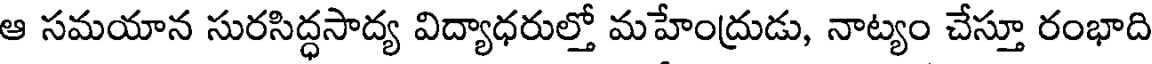
ఆ సమయాన సురసిద్ధసాద్య విద్యాధరుల్తో మహేంద్రుడు, నాట్యం చేస్తూ రంభాది